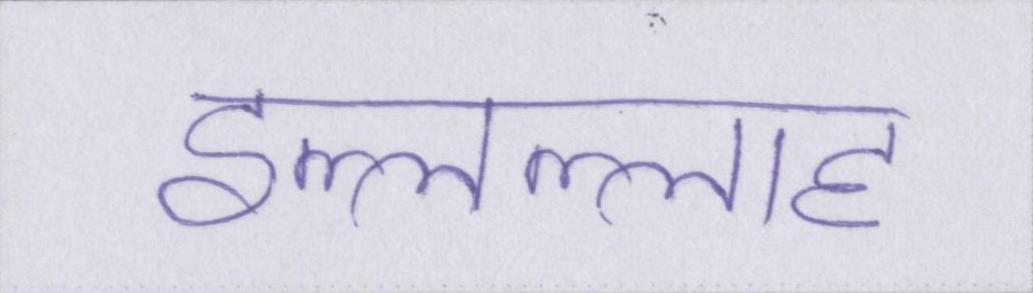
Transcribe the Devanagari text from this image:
इल्लल्लाह